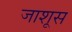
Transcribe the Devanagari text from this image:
जाशूस